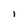
Character: l